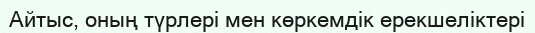
Айтыс, оның түрлері мен көркемдік ерекшеліктері